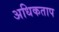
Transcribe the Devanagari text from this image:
अधिकताप